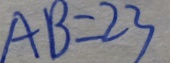
A B = 2 3